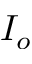
I _ { o }